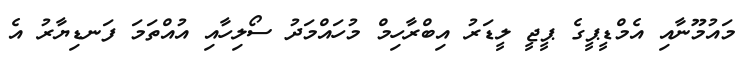
މައުމޫނާއި އެމްޑީޕީގެ ޕީޖީ ލީޑަރު އިބްރާހިމް މުހައްމަދު ސޯލިހާއި އުއްތަމަ ފަނޑިޔާރު އެ